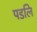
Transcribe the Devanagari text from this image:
पडलि